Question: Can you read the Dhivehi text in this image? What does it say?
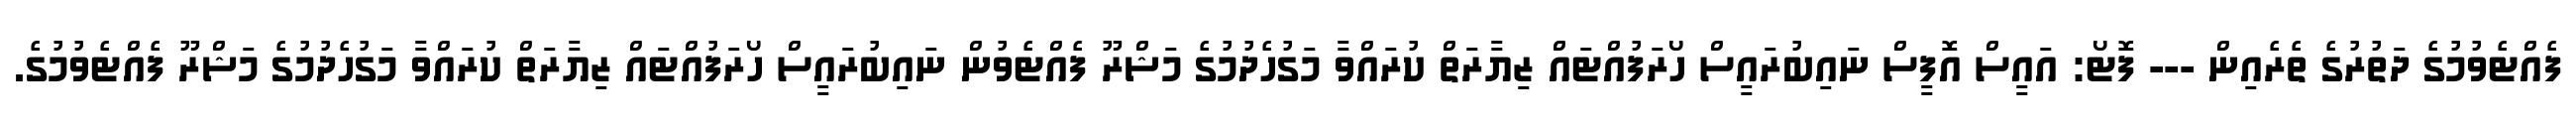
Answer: ފެއްޓެވުމުގެ ދަތުރުގެ ތެރެއިން --- ފޮޓޯ: އައީސް އޮފީސް ނައިބުރައީސް ހޯރަފުއްޓައް ޒިޔާރަތް ކުރައްވާ މަގުހެދުމުގެ މަޝްރޫ ފެއްޓެވުން ނައިބުރައީސް ހޯރަފުއްޓައް ޒިޔާރަތް ކުރައްވާ މަގުހެދުމުގެ މަޝްރޫ ފެއްޓެވުމުގެ.